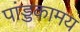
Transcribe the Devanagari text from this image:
पांड्डकामय